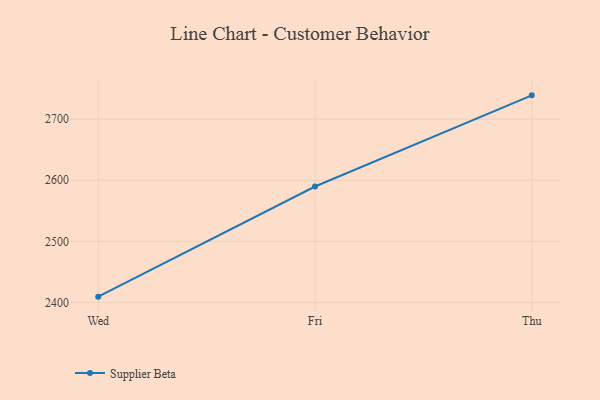
{"axis": {"x": "Day", "y": "Gross Profit (USD K)"}, "legend": ["Supplier Beta"], "data": [{"x": "Wed", "y": 2409.4, "type": "Supplier Beta"}, {"x": "Fri", "y": 2589.7, "type": "Supplier Beta"}, {"x": "Thu", "y": 2739.0, "type": "Supplier Beta"}]}